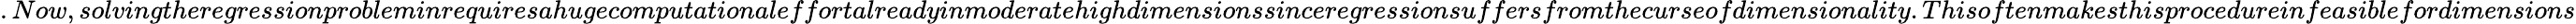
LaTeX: .Now,solvingtheregressionprobleminrequiresahugecomputationaleffortalreadyinmoderatehighdimensionssinceregressionsuffersfromthecurseofdimensionality.Thisoftenmakesthisprocedureinfeasiblefordimensions